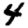
Digit: 4